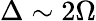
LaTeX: \Delta\sim 2\Omega